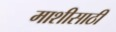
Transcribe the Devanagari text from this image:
माशीसाठी